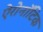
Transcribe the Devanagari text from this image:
ऐरोनॉटिक